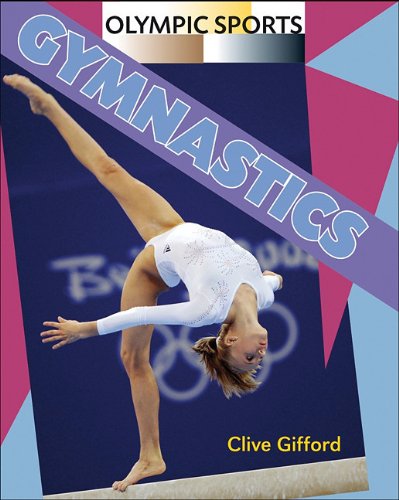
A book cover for Gymnastics (Olympic Sports); Clive Gifford; Children's Books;